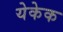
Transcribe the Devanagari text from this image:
येकेक